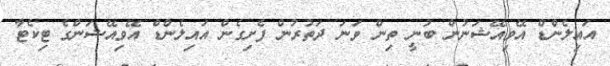
އައިލެންޑް އޭވިއޭޝަނުން ބުނީ ތިން ވަނަ ދަތުރުން ފެށިގެން އައިލެންޑް އޭވިއޭޝަންގެ ޓިކެޓާ